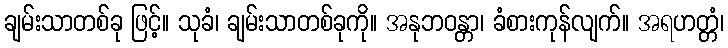
ချမ်းသာတစ်ခု ဖြင့်။ သုခံ၊ ချမ်းသာတစ်ခုကို။ အနုဘဝန္တာ၊ ခံစားကုန်လျက်။ အရဟတ္တံ၊